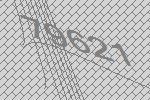
79621